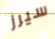
سيرز